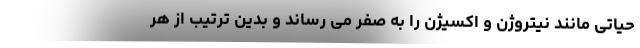
حیاتی مانند نیتروژن و اکسیژن را به صفر می رساند و بدین ترتیب از هر